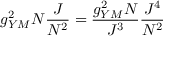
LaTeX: g _ { Y M } ^ { 2 } N \frac { J } { N ^ { 2 } } = \frac { g _ { Y M } ^ { 2 } N } { J ^ { 3 } } \frac { J ^ { 4 } } { N ^ { 2 } }